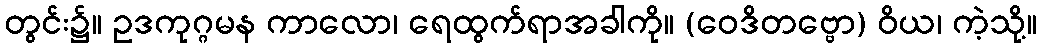
တွင်း၌။ ဥဒကုဂ္ဂမန ကာလော၊ ရေထွက်ရာအခါကို။ (ဝေဒိတဗ္ဗော) ဝိယ၊ ကဲ့သို့။